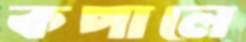
কপালে